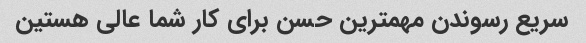
سریع رسوندن مهمترین حسن برای کار شما عالی هستین